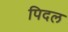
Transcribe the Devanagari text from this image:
पिदल